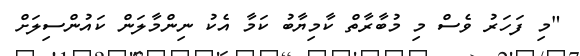
"މި ފަހަރު ވެސް މި މުބާރާތް ކާމިޔާބު ކަމާ އެކު ނިންމާލަން ކައުންސިލަށް